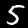
Digit: 5